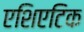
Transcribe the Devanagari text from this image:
एशिएटिक